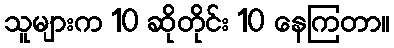
သူများက 10 ဆိုတိုင်း 10 နေကြတာ။